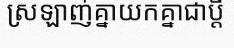
ស្រឡាញ់គ្នាយកគ្នាជាប្តី